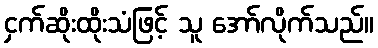
ငှက်ဆိုးထိုးသံဖြင့် သူ အော်လိုက်သည်။